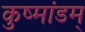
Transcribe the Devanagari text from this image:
कुष्मांडम्